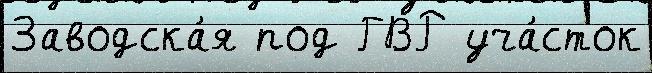
Заводска́я под ГВР уча́сток